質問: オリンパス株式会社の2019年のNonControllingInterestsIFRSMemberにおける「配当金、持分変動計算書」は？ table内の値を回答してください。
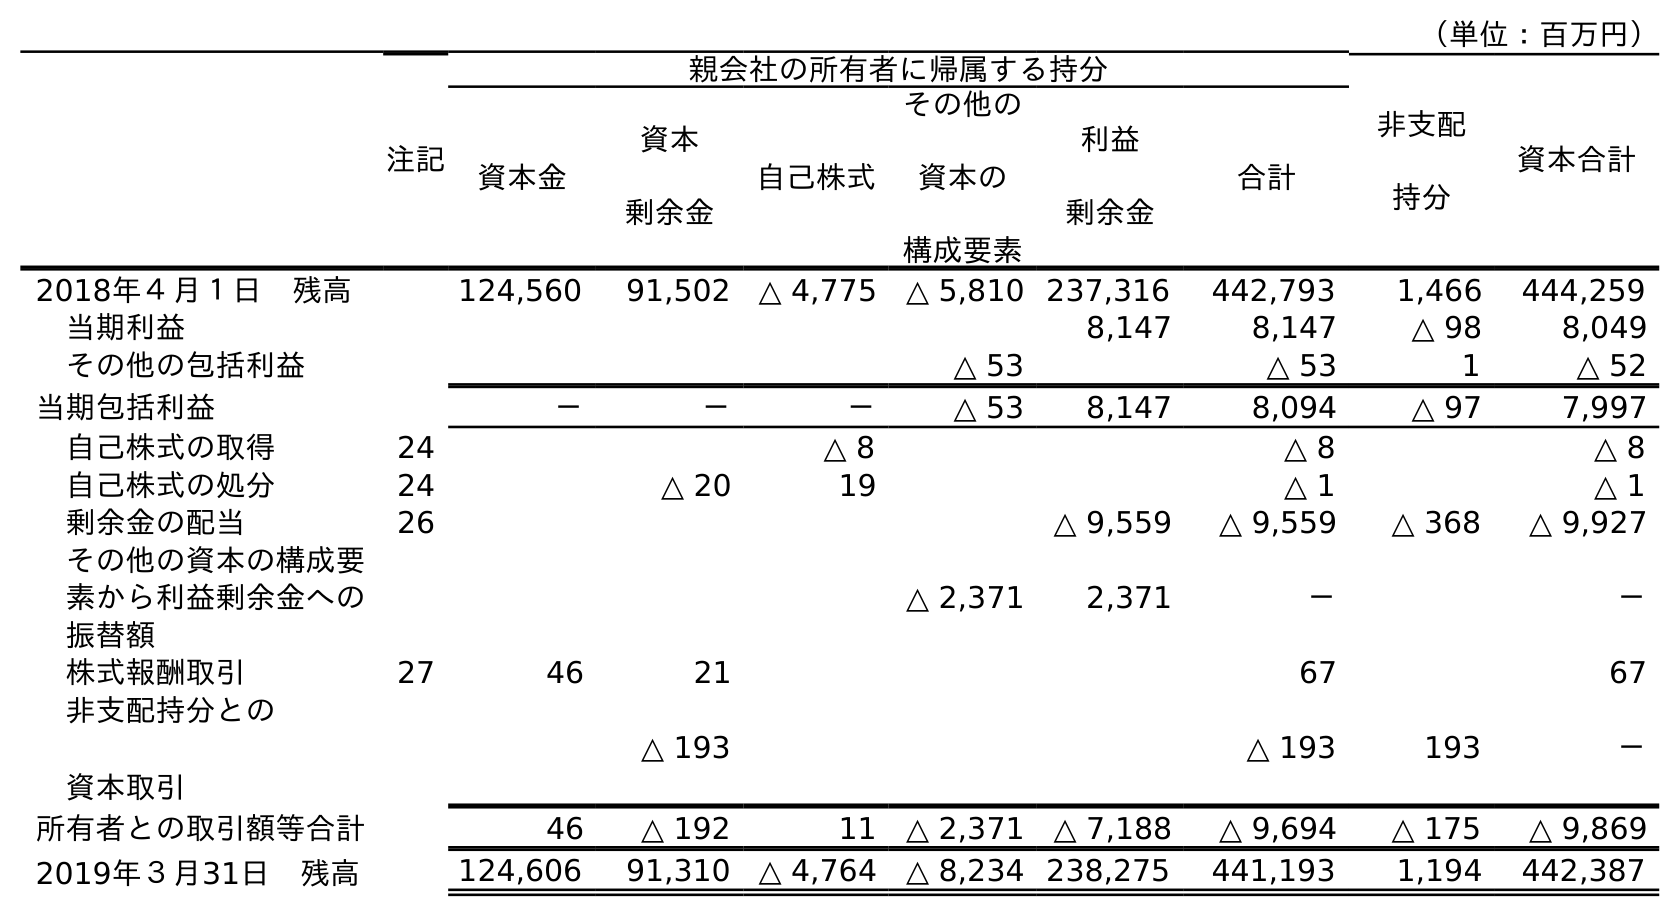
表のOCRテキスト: （単位：百万円） 注記 親会社の所有者に帰属する持分 非支配 持分 資本合計 資本金 資本 剰余金 自己株式 その他の 資本の 構成要素 利益 剰余金 合計 2018年４月１日 残高 124,560 91,502 △ 4,775 △ 5,810 237,316 442,793 1,466 444,259 当期利益 8,147 8,147 △ 98 8,049 その他の包括利益 △ 53 △ 53 1 △ 52 当期包括利益 － － － △ 53 8,147 8,094 △ 97 7,997 自己株式の取得 24 △ 8 △ 8 △ 8 自己株式の処分 24 △ 20 19 △ 1 △ 1 剰余金の配当 26 △ 9,559 △ 9,559 △ 368 △ 9,927 その他の資本の構成要 素から利益剰余金への 振替額 △ 2,371 2,371 － － 株式報酬取引 27 46 21 67 67 非支配持分との 資本取引 △ 193 △ 193 193 － 所有者との取引額等合計 46 △ 192 11 △ 2,371 △ 7,188 △ 9,694 △ 175 △ 9,869 2019年３月31日 残高 124,606 91,310 △ 4,764 △ 8,234 238,275 441,193 1,194 442,387
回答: △368